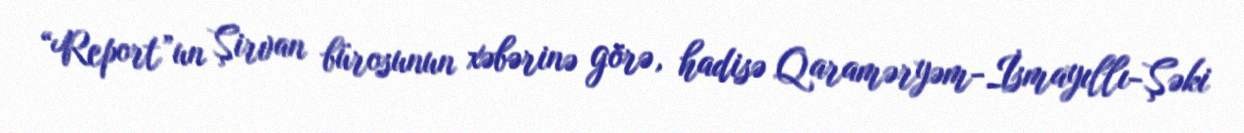
“Report”un Şirvan bürosunun xəbərinə görə, hadisə Qaraməryəm-İsmayıllı-Şəki